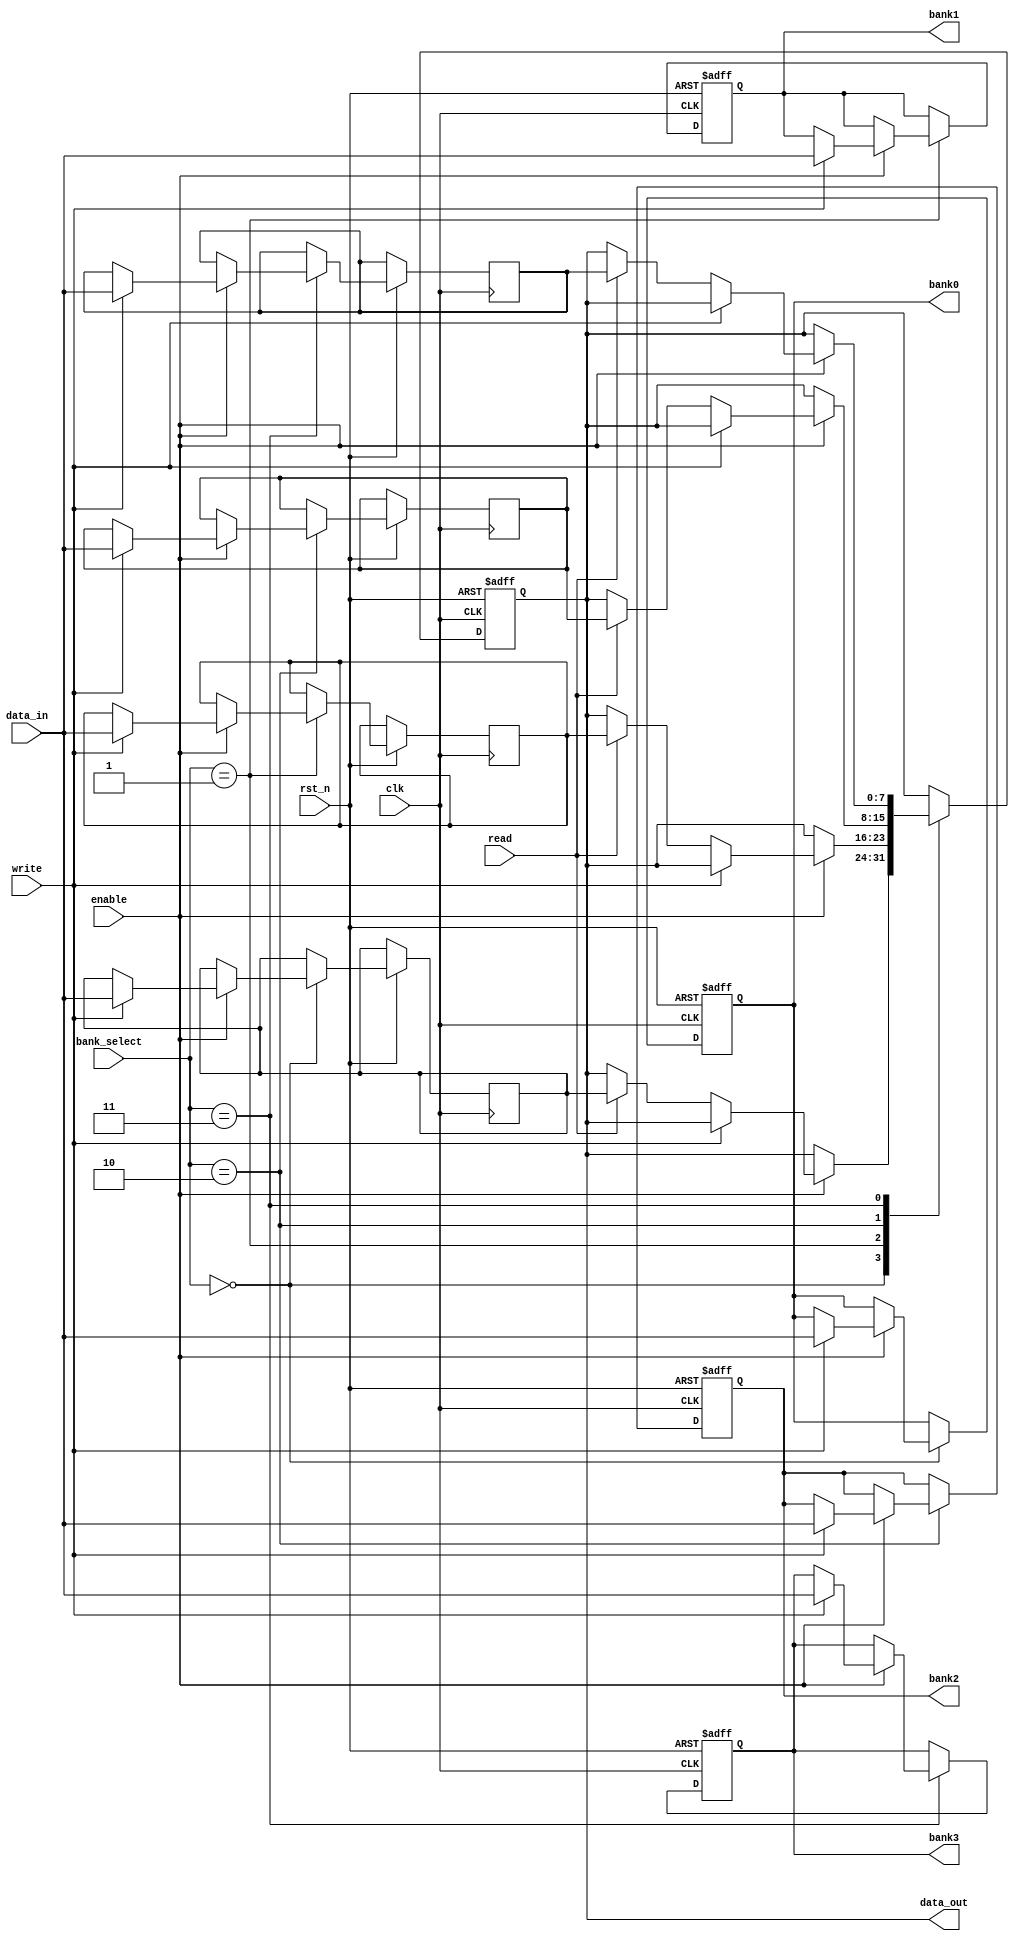
module memory_block_control (
    input wire clk,                // Clock signal
    input wire rst_n,              // Active low reset
    input wire [1:0] bank_select,  // Select which bank to access
    input wire enable,             // Enable signal for the selected bank
    input wire read,               // Read control signal
    input wire write,              // Write control signal
    input wire [7:0] data_in,      // Data input for write operations
    output reg [7:0] data_out,     // Data output for read operations
    output reg [7:0] bank0,        // Bank 0 data
    output reg [7:0] bank1,        // Bank 1 data
    output reg [7:0] bank2,        // Bank 2 data
    output reg [7:0] bank3         // Bank 3 data
);

    // Memory banks
    reg [7:0] memory [0:3][0:255]; // 4 banks of 256 bytes each

    // Control logic for enabling/disabling banks
    always @(posedge clk or negedge rst_n) begin
        if (!rst_n) begin
            // Reset all banks to zero
            bank0 <= 8'b0;
            bank1 <= 8'b0;
            bank2 <= 8'b0;
            bank3 <= 8'b0;
            data_out <= 8'b0;
        end else begin
            // Check if the selected bank is enabled
            case (bank_select)
                2'b00: if (enable) begin
                            if (write) begin
                                memory[0][0] <= data_in; // Write to bank 0
                                bank0 <= data_in;        // Update bank 0 output
                            end else if (read) begin
                                data_out <= memory[0][0]; // Read from bank 0
                            end
                        end
                2'b01: if (enable) begin
                            if (write) begin
                                memory[1][0] <= data_in; // Write to bank 1
                                bank1 <= data_in;        // Update bank 1 output
                            end else if (read) begin
                                data_out <= memory[1][0]; // Read from bank 1
                            end
                        end
                2'b10: if (enable) begin
                            if (write) begin
                                memory[2][0] <= data_in; // Write to bank 2
                                bank2 <= data_in;        // Update bank 2 output
                            end else if (read) begin
                                data_out <= memory[2][0]; // Read from bank 2
                            end
                        end
                2'b11: if (enable) begin
                            if (write) begin
                                memory[3][0] <= data_in; // Write to bank 3
                                bank3 <= data_in;        // Update bank 3 output
                            end else if (read) begin
                                data_out <= memory[3][0]; // Read from bank 3
                            end
                        end
                default: begin
                    data_out <= 8'b0; // Default case
                end
            endcase
        end
    end

endmodule